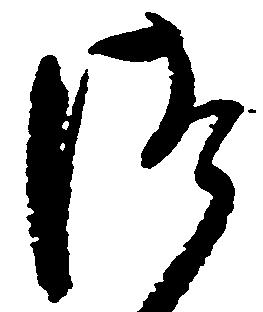
つ